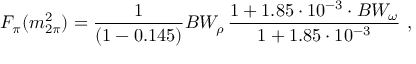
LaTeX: F _ { \pi } ( m _ { 2 \pi } ^ { 2 } ) = \frac { 1 } { ( 1 - 0 . 1 4 5 ) } B W _ { \rho } \, \frac { 1 + 1 . 8 5 \cdot 1 0 ^ { - 3 } \cdot B W _ { \omega } } { 1 + 1 . 8 5 \cdot 1 0 ^ { - 3 } } \ ,